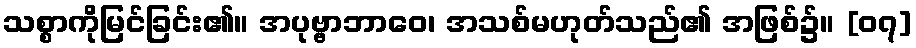
သစ္စာကိုမြင်ခြင်း၏။ အပုဗ္ဗာဘာဝေ၊ အသစ်မဟုတ်သည်၏ အဖြစ်၌။ [၀၇]